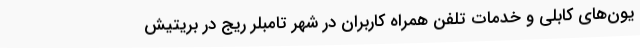
یون‌های کابلی و خدمات تلفن همراه کاربران در شهر تامبلر ریج در بریتیش